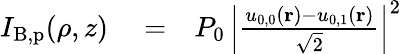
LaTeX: \begin{array}{rlr}{I_{\mathrm{B,p}}(\rho,z)}&{{}=}&{P_{0}\, \left|\frac{u_{0,0}(\mathbf{r})-u_{0,1}(\mathbf{r})}{\sqrt{2}}\right|^{2}}\end{array}